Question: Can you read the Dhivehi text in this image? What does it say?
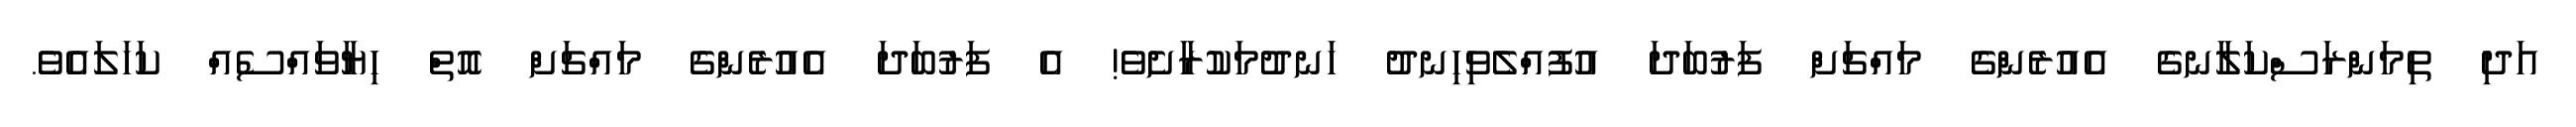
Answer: އަދި ތިމަންރަސްކަލާނގެ އެއުރެންގެ މައްޗަށް ފަރުބަދަ އުފުއްލެވިހިނދު ހަނދުމަކުރާށެވެ! އެ ފަރުބަދަ އެއުރެންގެ މައްޗަށް އޮތް ހިޔާވައްސެއް ކަހަލައެވެ.